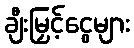
ချီးမြှင့်ငွေများ